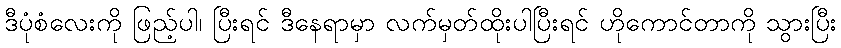
ဒီပုံစံလေးကို ဖြည့်ပါ၊ ပြီးရင် ဒီနေရာမှာ လက်မှတ်ထိုးပါပြီးရင် ဟိုကောင်တာကို သွားပြီး